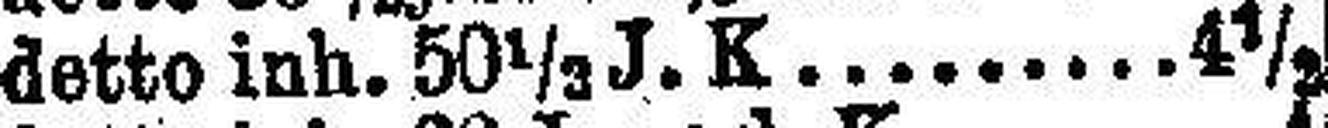
detto inh. 50 1/3 J. K. 4½